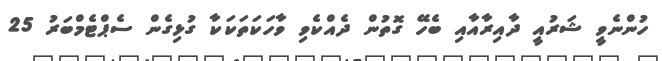
ހުންނެވީ ޝަރުއީ ދާއިރާއާއި ބެހޭ ގޮތުން ދެއްކެވި ވާހަކަތަކަކާ ގުޅިގެން ސެޕްޓެމްބަރު 25